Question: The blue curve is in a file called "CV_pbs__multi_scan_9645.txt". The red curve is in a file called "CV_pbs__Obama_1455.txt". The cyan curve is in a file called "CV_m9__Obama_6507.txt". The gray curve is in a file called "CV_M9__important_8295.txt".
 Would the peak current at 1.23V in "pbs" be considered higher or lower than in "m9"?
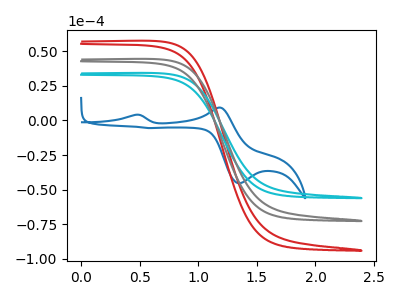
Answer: <think>The blue curve "pbs" has anodic peaks at (0.45V, 4.10uA) (1.20V, 9.35uA) and cathodic peaks at (1.35V, -45.40uA) (0.55V, -5.50uA). The red curve "pbs" has no peaks. The cyan curve "m9" has no peaks. The gray curve "M9" has no peaks.</think>
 <answer>"pbs" and "m9" dont share a peak at 1.23V.</answer>
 <eval>mismatch</eval>